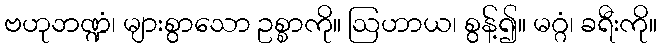
ဗဟုဘဏ္ဍံ၊ များစွာသော ဥစ္စာကို။ ဩဟာယ၊ စွန့်၍။ မဂ္ဂံ၊ ခရီးကို။